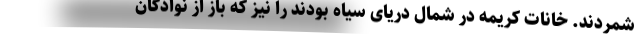
شمردند. خانات کریمه در شمال دریای سیاه بودند را نیز که باز از نوادگان